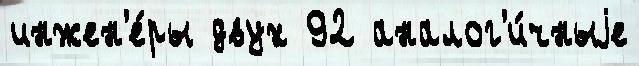
инжен'е́ры двух 92 аналог'и́чныjе